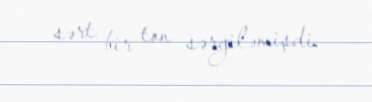
sərt bir ton sərgiləmişdi.